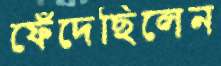
ফেঁদেছিলেন